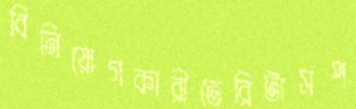
বিনিয়োগকারীভেরিটাসপ